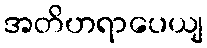
အတိဟရာပေယျ